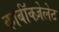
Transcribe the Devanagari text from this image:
कार्बॉक्ज़ेलेट